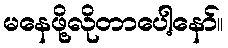
မနေဖို့လိုတာပေါ့နော်။